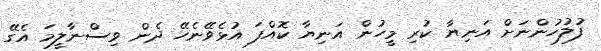
ފުލުހުންނަށް އަނިޔާ ކުރި މީހުން އަނިޔާ ކޮޮއްފަ އުޅެވޭނެހޭ ދެން ވިސްނާލީމަ އެގޭ